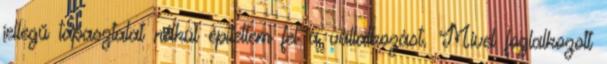
jellegű tapasztalat nélkül építettem fel a vállalkozást. Mivel foglalkozott